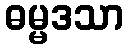
ဓမ္မဒသာ